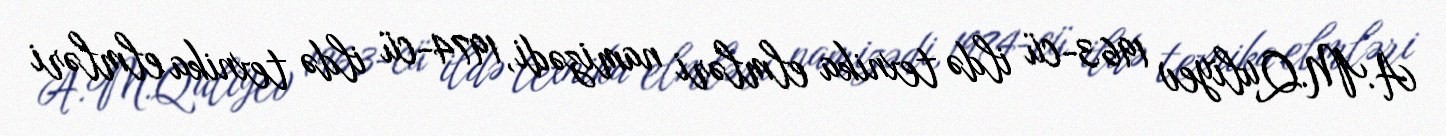
A.M.Quliyev 1963-cü ildə texnika elmləri namizədi, 1974-cü ildə texnika elmləri